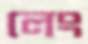
লেং